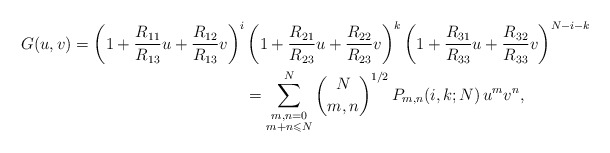
\begin{align*}\begin{aligned}G(u,v)=\left(1+\frac{R_{11}}{R_{13}}u+\frac{R_{12}}{R_{13}}v\right)^{i}&\left(1+\frac{R_{21}}{R_{23}}u+\frac{R_{22}}{R_{23}}v\right)^{k}\left(1+\frac{R_{31}}{R_{33}}u+\frac{R_{32}}{R_{33}}v\right)^{N-i-k}\\&=\sum_{\substack{m,n=0\\ m+n\leqslant N}}^{N}\binom{N}{m,n}^{1/2}\,P_{m,n}(i,k;N)\,u^{m}v^{n},\end{aligned}\end{align*}